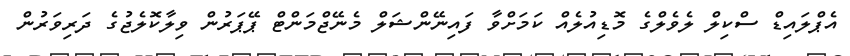
އެޕްލައިޑް ސްކިލް ލެވެލްގެ މޮޑިއުލެއް ކަމަށްވާ ފައިނޭންޝަލް މެނޭޖްމަންޓް ޕޭޕަރުން ވިލާކޮލެޖުގެ ދަރިވަރުން